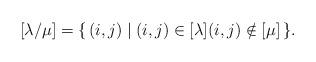
LaTeX: \begin{align*}\advance\abovedisplayskip-2 pt\advance\belowdisplayskip-2 pt\postdisplaypenalty=10000[\lambda/\mu]=\{\,(i,j)\mid (i,j)\in[\lambda](i,j)\notin[\mu]\,\}.\end{align*}